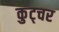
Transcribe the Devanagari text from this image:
कुट्चर